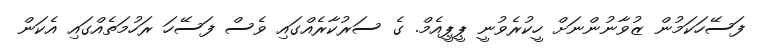
ފަސޭހަކަމުން ޒުވާނުންނަށް ހީކުރެވުނީ ޕީޕީއެމް. ގެ ސަރުކާރެއްގައި ވެސް ފަސޭހަ ރަހުމަތެއްގައި އެކަން